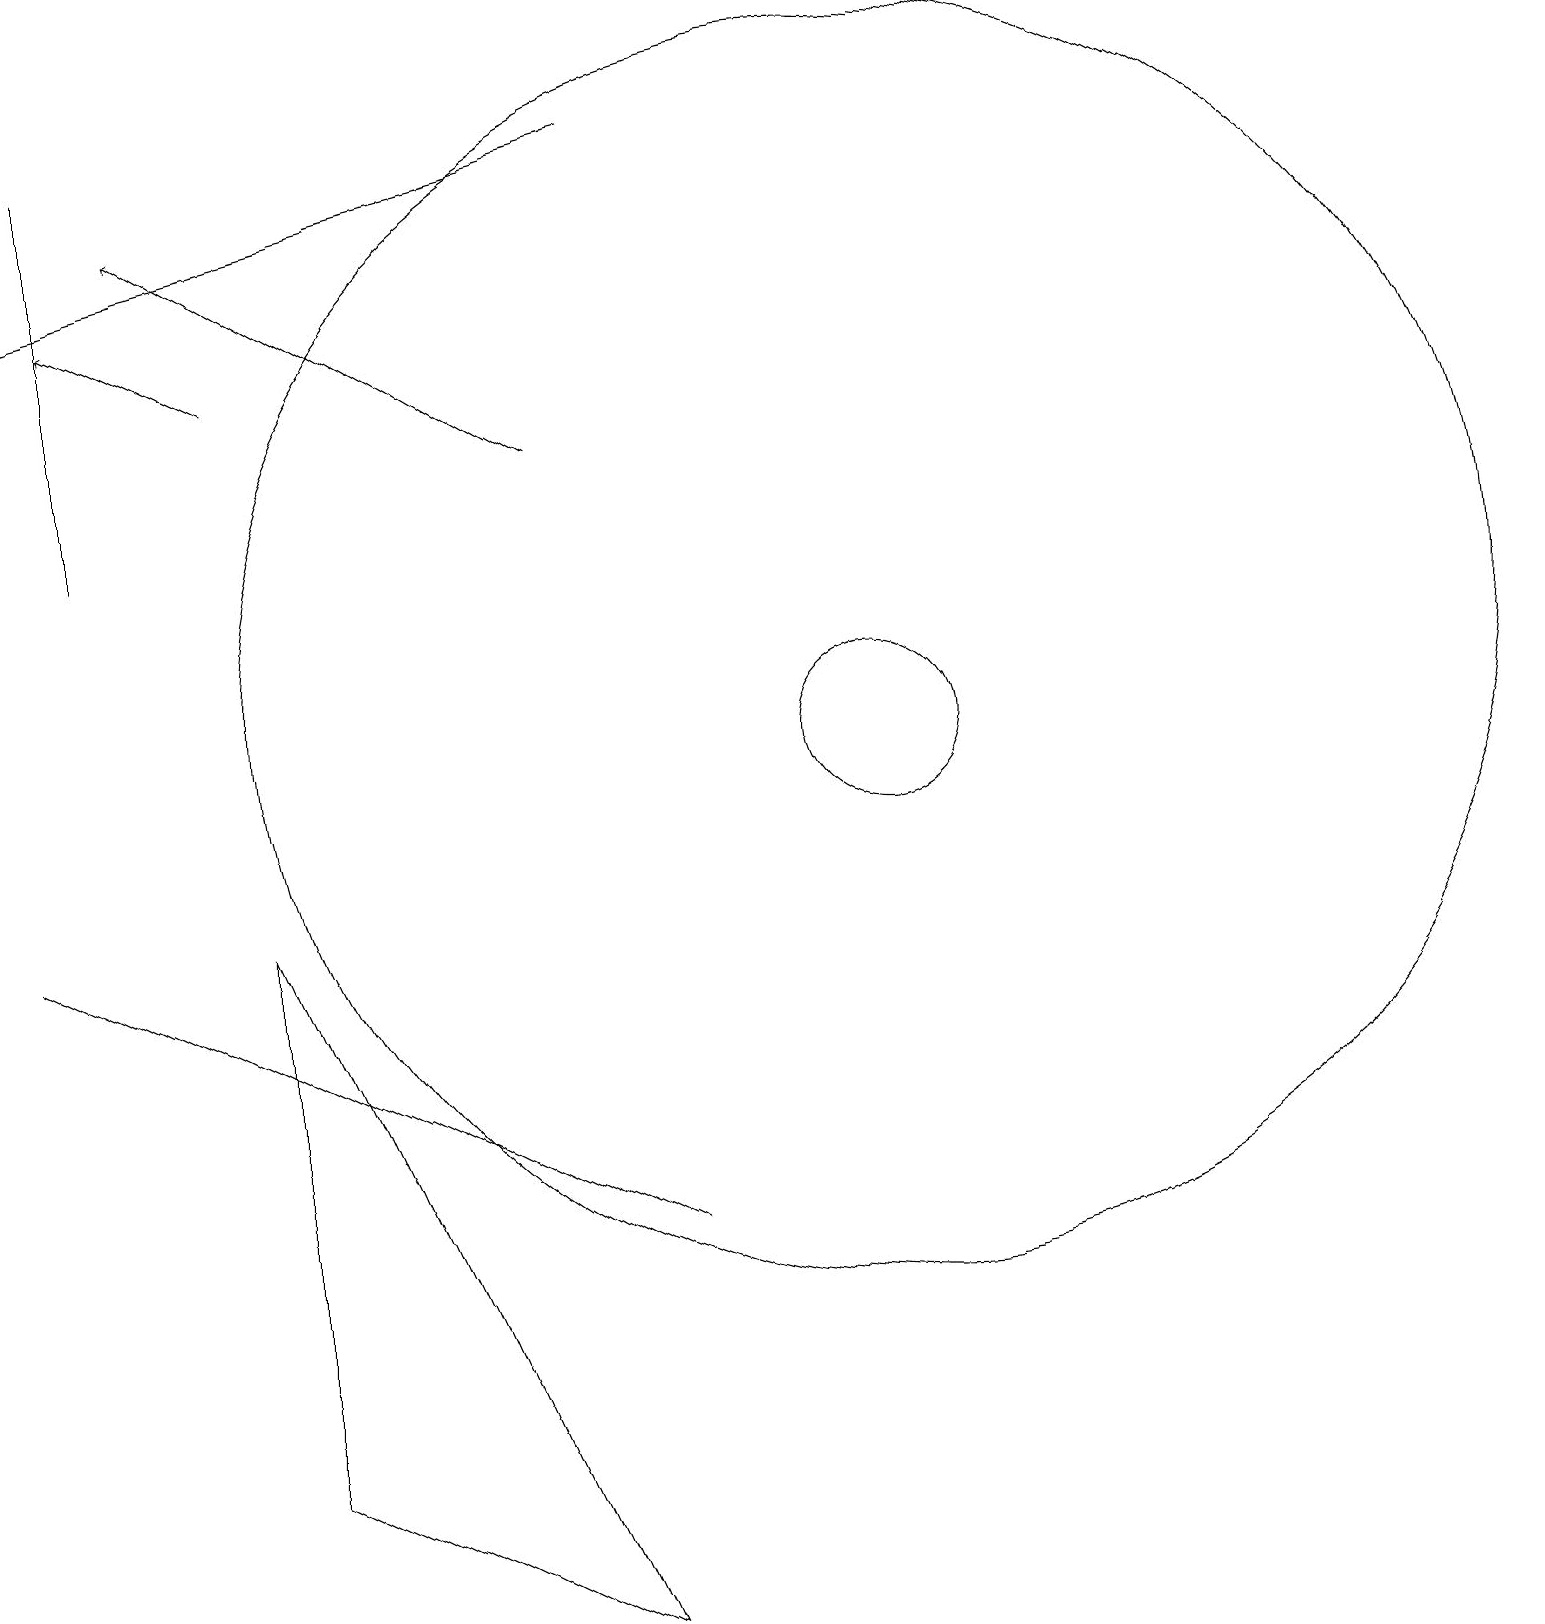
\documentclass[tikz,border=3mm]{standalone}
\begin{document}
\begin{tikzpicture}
\draw (11,12) circle (8);
\draw (11,11) circle (1);
\draw[->] (7,15) -- (2,18);
\draw[->] (3,16) -- (1,17);
\draw (3,9) -- (7,0) -- (3,2) -- cycle;
\draw[->] (8,19) -- (0,17);
\draw (0,9) -- (4,7) -- (8,5) -- cycle;
\draw (1,14) rectangle (1,19);
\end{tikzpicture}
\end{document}